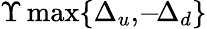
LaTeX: \Upsilon\operatorname*{max}\{ \Delta_{u},\! -\! \Delta_{d}\}